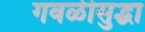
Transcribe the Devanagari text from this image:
गवळीसुद्धा